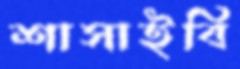
শাসাইবি